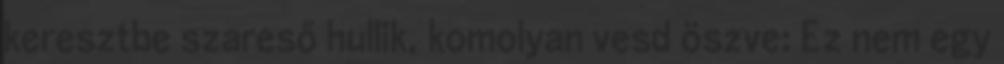
keresztbe szareső hullik, komolyan vesd öszve: Ez nem egy